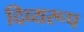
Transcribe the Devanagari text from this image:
दिव्यरूप